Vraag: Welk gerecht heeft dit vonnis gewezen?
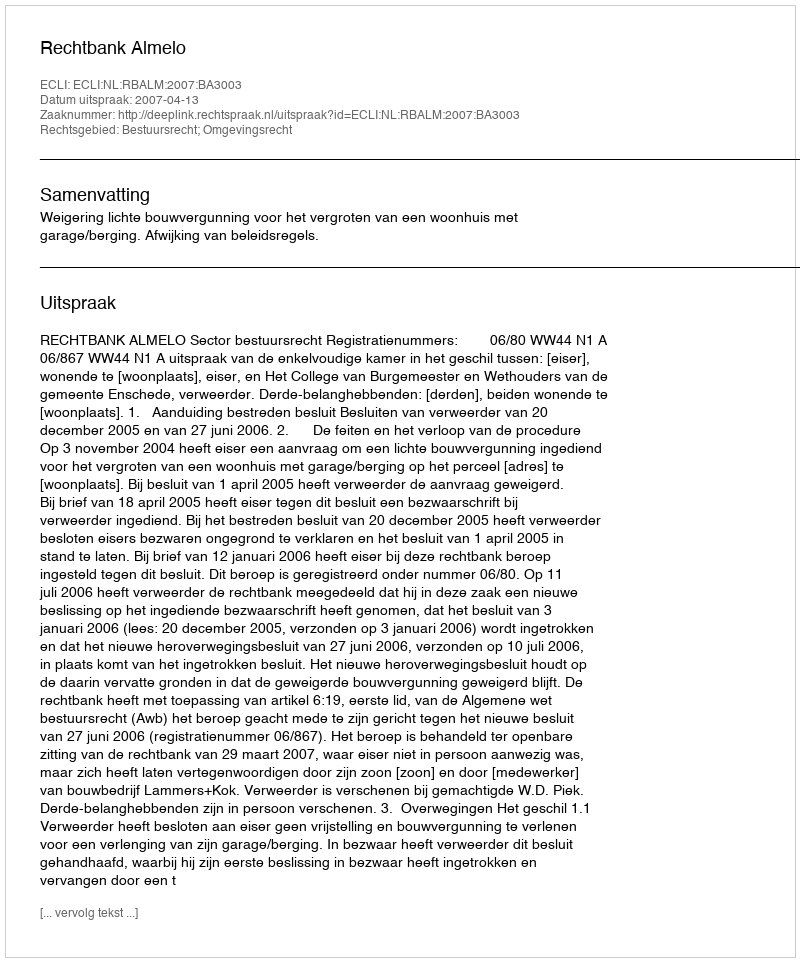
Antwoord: Rechtbank Almelo